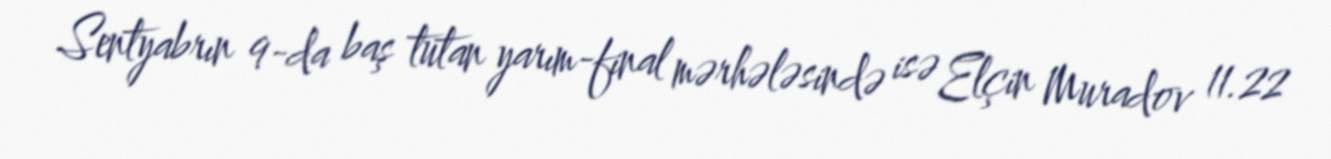
Sentyabrın 9-da baş tutan yarım-final mərhələsində isə Elçin Muradov 11.22